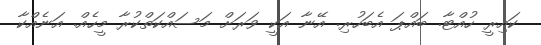
ކައިރީ ހުއްޓާ. ބައްޕަ އެބަހުރި. އޭނާ އަކީ ވަރަށް މަސައްކަތްކުރާ މީހެއް. އަނެއްކާ